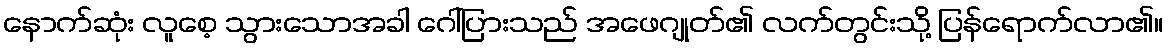
နောက်ဆုံး လူစေ့ သွားသောအခါ ဂေါ်ပြားသည် အဖေဂျုတ်၏ လက်တွင်းသို့ ပြန်ရောက်လာ၏။